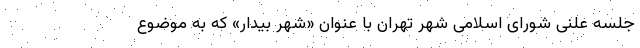
جلسه علنی شورای اسلامی شهر تهران با عنوان «شهر بیدار» که به موضوع